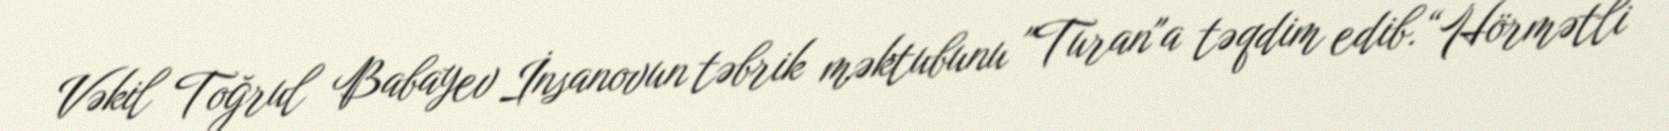
Vəkil Toğrul Babayev İnsanovun təbrik məktubunu "Turan"a təqdim edib.“Hörmətli